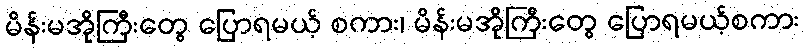
မိန်းမအိုကြီးတွေ ပြောရမယ့် စကား၊ မိန်းမအိုကြီးတွေ ပြောရမယ့်စကား